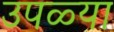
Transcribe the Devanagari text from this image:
उपळ्या